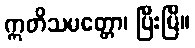
ဣတိသမတ္တော၊ ပြီးပြီ။